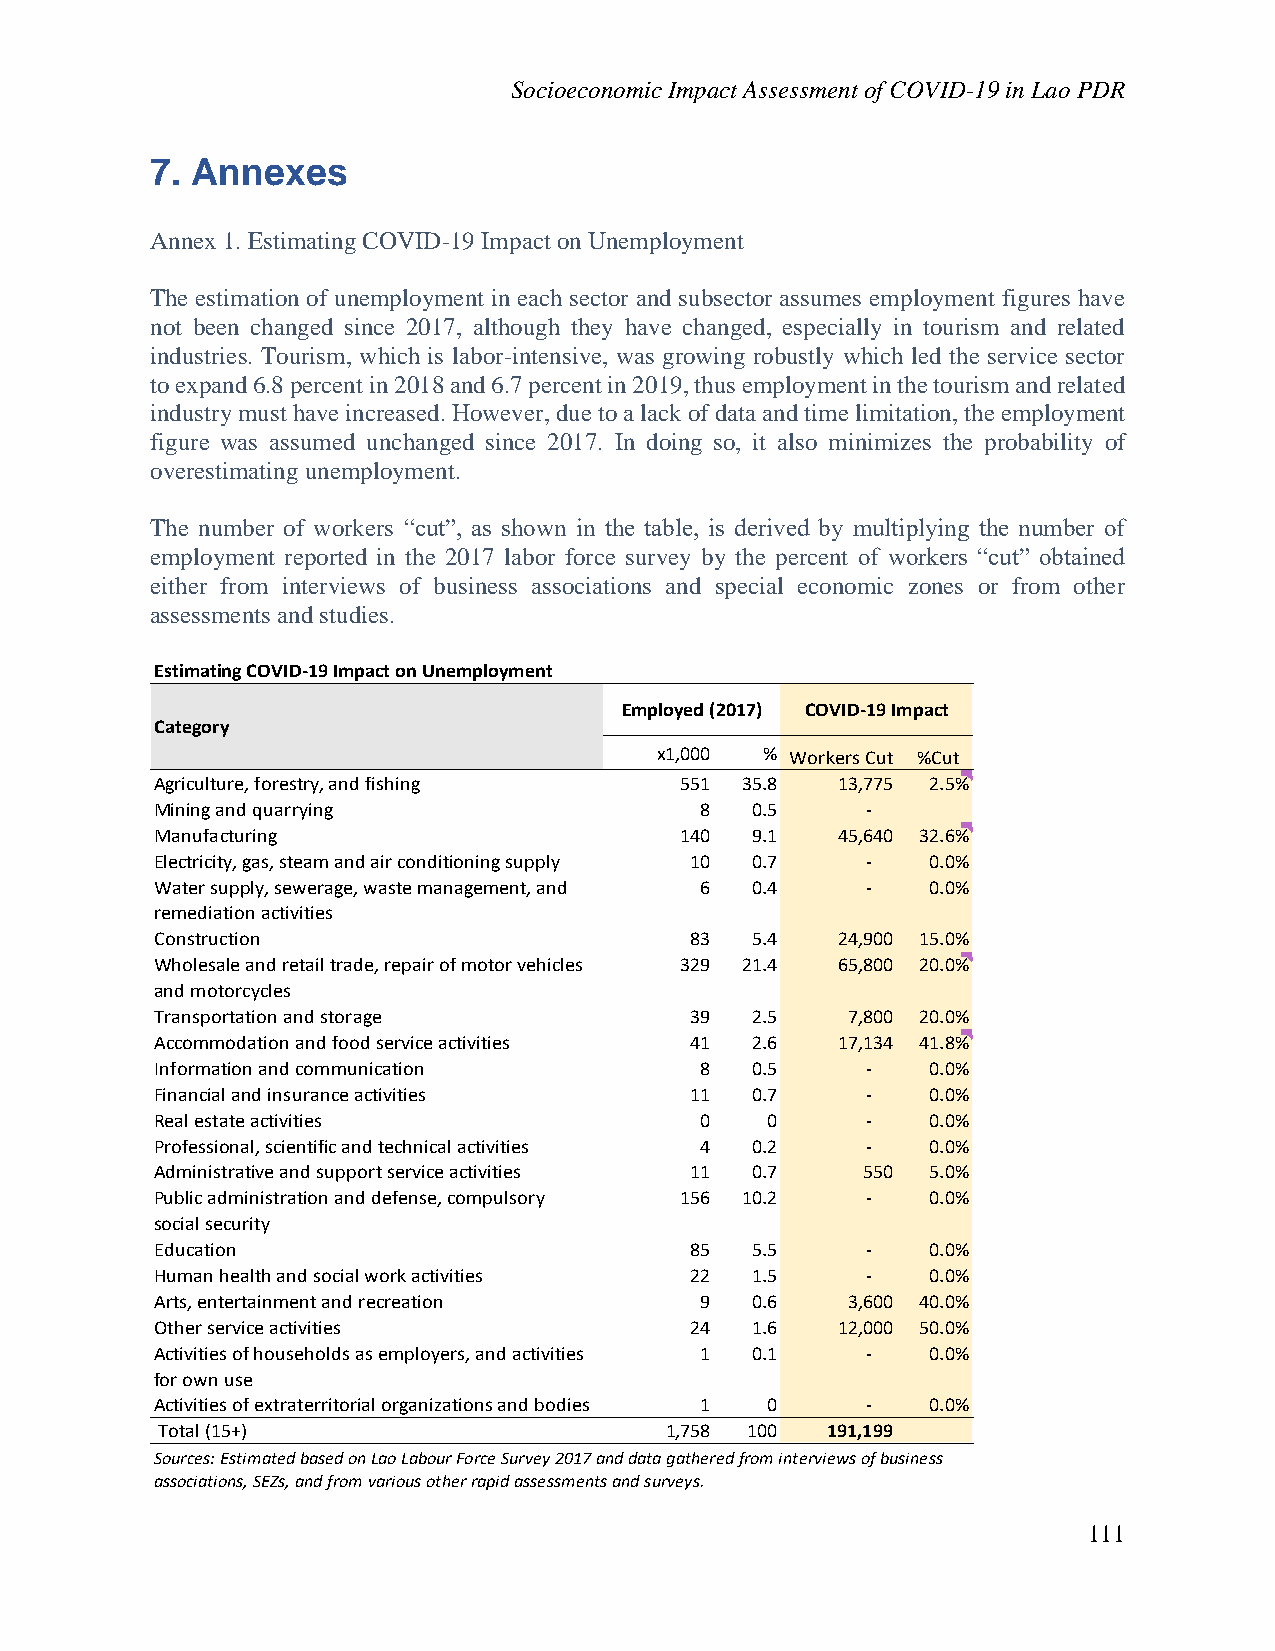
Socioeconomic Impact Assessment of COVID-19 in Lao PDR
 7. Annexes
 Annex 1. Estimating COVID-19 Impact on Unemployment
 The estimation of unemployment in each sector and subsector assumes employment figures have
 not been changed since 2017, although they have changed, especially in tourism and related
 industries. Tourism, which is labor-intensive, was growing robustly which led the service sector
 to expand 6.8 percent in 2018 and 6.7 percent in 2019, thus employment in the tourism and related
 industry must have increased. However, due to a lack of data and time limitation, the employment
 figure was assumed unchanged since 2017. In doing so, it also minimizes the probability of
 overestimating unemployment.
 The number of workers “cut”, as shown in the table, is derived by multiplying the number of
 employment reported in the 2017 labor force survey by the percent of workers “cut” obtained
 either from interviews of business associations and special economic zones or from other
 assessments and studies.
 Estimating COVID-19 Impact on Unemployment
 Employed (2017) COVID-19 Impact
 Category
 x1,000 % Workers Cut %Cut
 Agriculture, forestry, and fishing 551 35.8  13,775 2.5%
 Mining and quarrying                8   0.5    -
 Manufacturing                      140  9.1  45,640 32.6%
 Electricity, gas, steam and air conditioning supply 10 0.7 - 0.0%
 Water supply, sewerage, waste management, and 6 0.4 - 0.0%
 remediation activities
 Construction                        83  5.4  24,900 15.0%
 Wholesale and retail trade, repair of motor vehicles 329 21.4 65,800 20.0%
 and motorcycles
 Transportation and storage          39  2.5   7,800 20.0%
 Accommodation and food service activities 41 2.6 17,134 41.8%
 Information and communication       8   0.5    -    0.0%
 Financial and insurance activities  11  0.7    -    0.0%
 Real estate activities              0    0     -    0.0%
 Professional, scientific and technical activities 4 0.2 - 0.0%
 Administrative and support service activities 11 0.7 550 5.0%
 Public administration and defense, compulsory 156 10.2 - 0.0%
 social security
 Education                           85  5.5    -    0.0%
 Human health and social work activities 22 1.5 -    0.0%
 Arts, entertainment and recreation  9   0.6   3,600 40.0%
 Other service activities            24  1.6  12,000 50.0%
 Activities of households as employers, and activities 1 0.1 - 0.0%
 for own use
 Activities of extraterritorial organizations and bodies 1 0 - 0.0%
 Total (15+)                       1,758 100  1 91,199
 Sources: Estimated based on Lao Labour Force Survey 2017 and data gathered from interviews of business
 associations, SEZs, and from various other rapid assessments and surveys.
 111